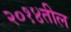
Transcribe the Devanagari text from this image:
२०१४तील